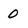
Character: 0